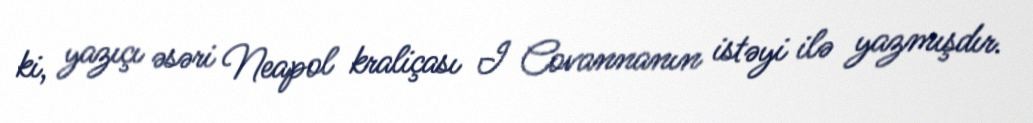
ki, yazıçı əsəri Neapol kraliçası I Covannanın istəyi ilə yazmışdır.